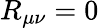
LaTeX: R_{\mu\nu}=0